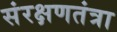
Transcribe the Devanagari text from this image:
संरक्षणतंत्रा